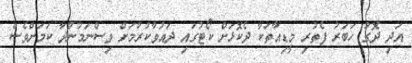
އަދި ދޮގު ހަބަރު ފެތުރި މީޑިއާތަކާ ދެކޮޅަށް ކޯޓުގައި ދައުވާކުރުމަށް ވިސްނަމުންދާ ކަމަށްވެސް